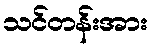
သင်တန်းအား